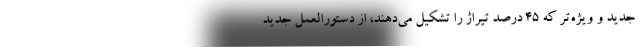
جدید و ویژه‌تر که ۴۵ درصد تیراژ را تشکیل می‌دهند، از دستورالعمل جدید